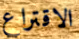
الاقتراع